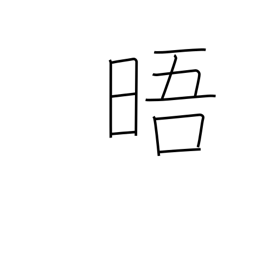
Meaning: clear